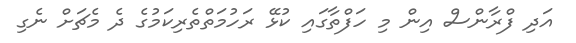
އަދި ފްރާންސް އިން މި ހަފްތާގައި ކުޅޭ ރަހުމަތްތެރިކަމުގެ ދެ މެޗަށް ނެގި